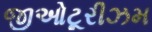
જીઓટૂરીઝમ